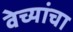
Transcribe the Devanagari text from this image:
वेच्यांचा